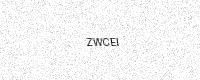
Text: ZWCEI